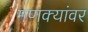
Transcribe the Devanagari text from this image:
मणक्यांवर